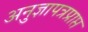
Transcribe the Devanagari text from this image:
अनुज्ञापत्रप्राप्त